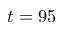
t = 9 5